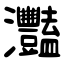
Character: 灩